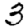
Digit: 3